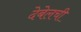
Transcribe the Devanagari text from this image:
देबेलची